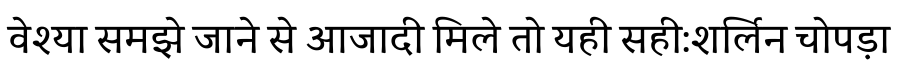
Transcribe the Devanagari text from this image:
वेश्या समझे जाने से आजादी मिले तो यही सही:शर्लिन चोपड़ा